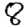
Digit: 8